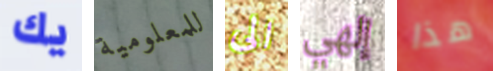
يك للمعلومية الى إلهي هذا